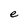
Character: e